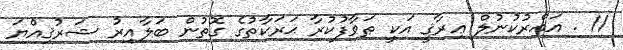
11 . އައްރުކުނުލް ޢިރާޤީ އަކީ ޠަވާފުކުރާ ޙަރަކާތުގެ ގޮތުން ބަލާއިރު ޝަރުޤިއްޔަ